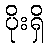
ပိုးရှိ